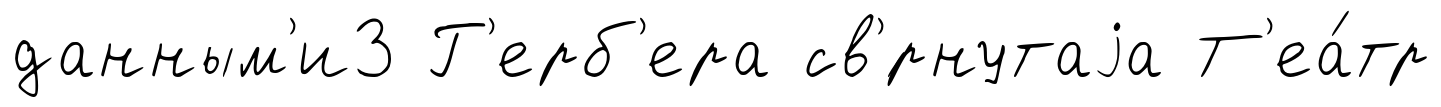
данным'и3 Г'ерб'ера св'́рнутаjа Т'еа́тр